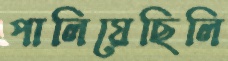
পালিয়েছিলি